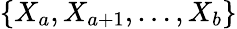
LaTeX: \{ X_{a},X_{a+1},\ldots,X_{b}\}